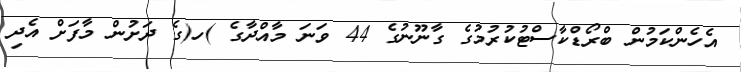
އެހެންކަމުން ބްރޯޑްކާސްޓުކުރުމުގެ ގާނޫނުގެ 44 ވަނަ މާއްދާގެ )ހ(ގެ ދަށުން މާފަށް އެދި